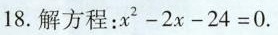
18.解方程：$$x ^ { 2 } - 2 x - 2 4 = 0$$.